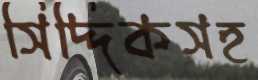
সিদ্দিকসহ